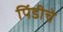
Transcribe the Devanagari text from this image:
पिंडीचे